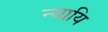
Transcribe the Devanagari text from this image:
न्यायि